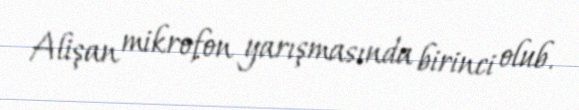
Alişan mikrofon yarışmasında birinci olub.